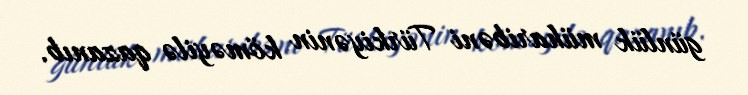
günlük müharibəni Türkiyənin köməyilə qazanıb.